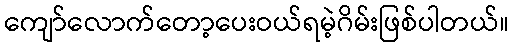
ကျော်လောက်တော့ပေးဝယ်ရမဲ့ဂိမ်းဖြစ်ပါတယ်။